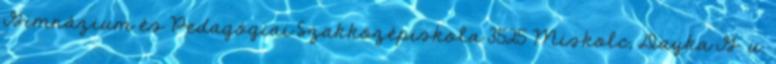
Gimnázium és Pedagógiai Szakközépiskola 3525 Miskolc, Dayka G. u.